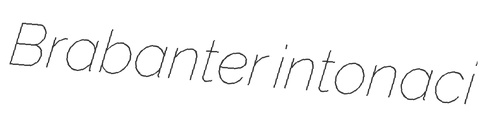
Brabanter intonaci